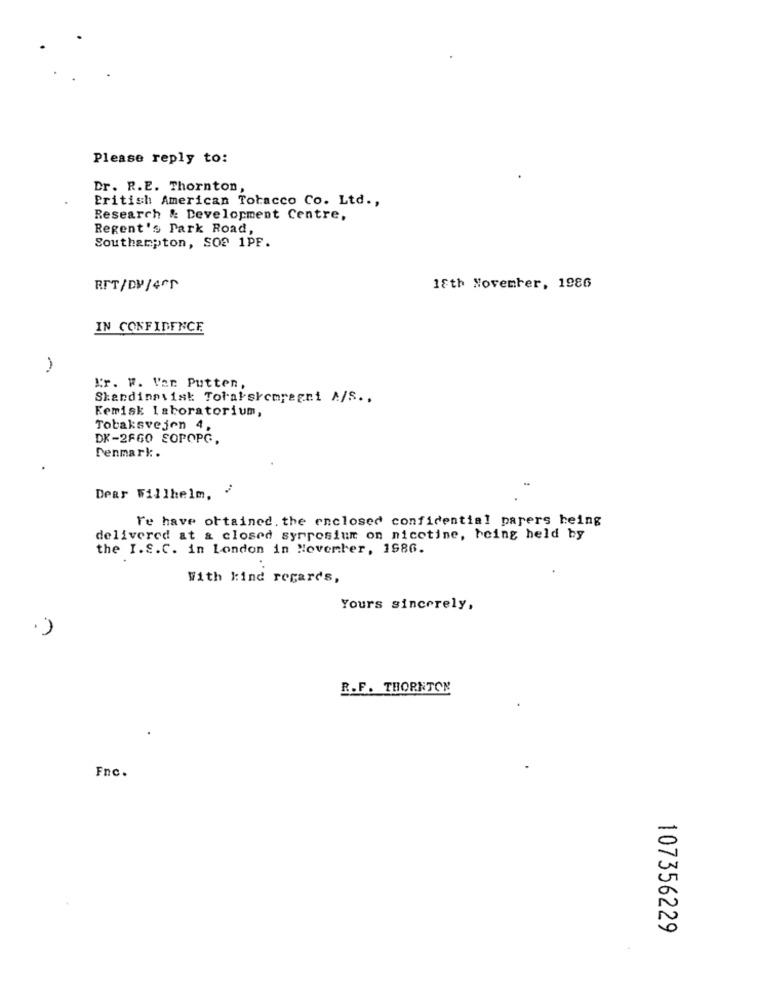
Please reply to:
Dr. R.E. Thornton,
British American Tobacco Co. Ltd .,
Research & Development Centre,
Regent's Park Road
Southampton, SOS 1PF.
RIT/DP/4Fr
18th November, 1986
IN CONFIDENCE
-
Kr. W. Var Putten,
Skandinavisk Toratskomregni A/S ..
Kemisk Laboratorium,
Tobaksvejen 4,
DK-2FGO SOPOPG.
Denmark.
Dear Willhelm,
re have obtained. the enclosed confidential parers heing
delivered at & closed syrrosiun on nicotine, being held by
the I.S.C. in London in November, 1986.
With kind regards,
Yours sincerely,
R.F. THORNTON
Fnc.
107356229